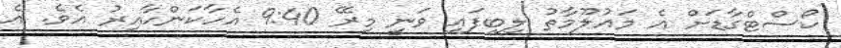
ކޯސްޓްގާޑަށް އެ މައުލޫމާތު ލިބިފައި ވަނީ މިރޭ 9:40 އެހާކަންހާއިރު އެވެ. އެ